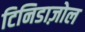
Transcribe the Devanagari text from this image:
टिनिडाज़ोल